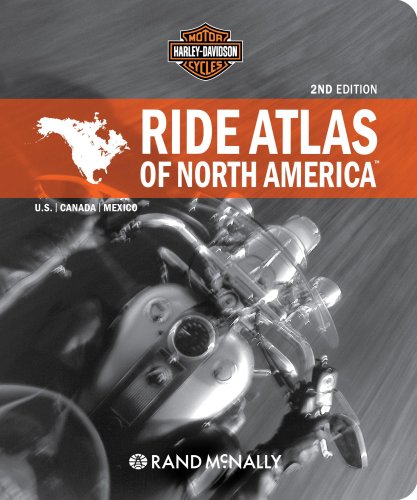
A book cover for Harley Davidson Ride Atlas of North America; Not Available (NA); Travel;